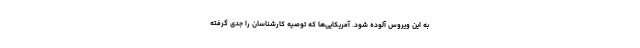
به این ویروس آلوده شود. آمریکایی‌ها که توصیه کارشناسان را جدی گرفته